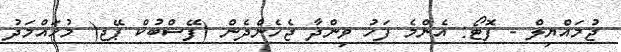
ޖުމައްޔިލް - ފޮޓޯ: އެންމެ ފަހު ވިންދާ ޖެހެންދެން (ފޭސްބުކް ޕޭޖ( މުހައްމަދު